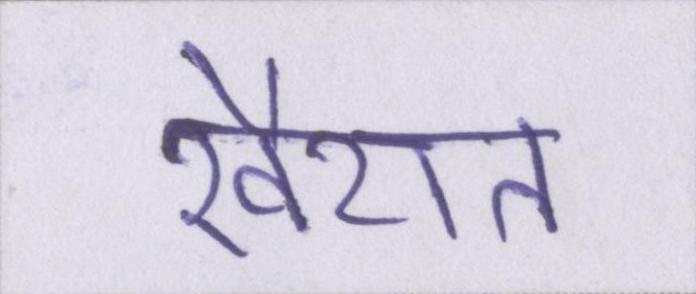
खैरात